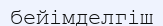
бейімделгіш